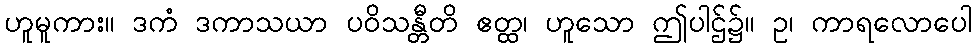
ဟူမူကား။ ဒကံ ဒကာသယာ ပဝိသန္တီတိ ဧတ္ထ၊ ဟူသော ဤပါဌ်၌။ ဥ၊ ကာရလောပေါ